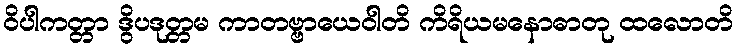
ဝိပါကတ္တာ ဒွိပဒုတ္တမ ကာတဗ္ဗာယေဝါတိ ကိရိယမနောဓာတု ထလောတိ